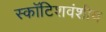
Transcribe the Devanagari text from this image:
स्कॉटिशवंशीय